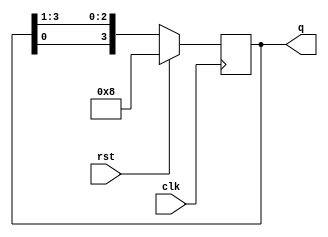
`timescale 1ns / 1ps
//////////////////////////////////////////////////////////////////////////////////
// Company: 
// Engineer: 
// 
// Design Name: 
// Module Name:    ring_counter 
// Project Name: 
// Target Devices: 
// Tool versions: 
// Description: 
//
// Dependencies: 
//
// Revision: 
// Revision 0.01 - File Created
// Additional Comments: 
//
//////////////////////////////////////////////////////////////////////////////////
module ring_counter(
    input clk,rst,
    output reg [3:0] q
    );

always@(posedge clk)
begin

if(rst==1) begin
q<=4'b1000; end

else begin
q<={q[0],q[3:1]};
end
end

endmodule